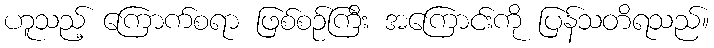
ဟူသည့် ကြောက်စရာ ဖြစ်စဉ်ကြီး အကြောင်းကို ပြန်သတိရသည်။